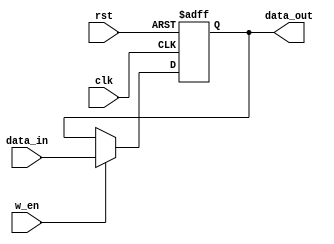
module data_reg #(parameter width=8)(input clk,
input rst,
input w_en,
input [width-1 : 0] data_in,
output reg [width-1 : 0] data_out
    );
	 
	always @(posedge clk, posedge rst)begin
		if(rst) begin
			data_out <= 'd0;
		end 
		else begin
			if(w_en)begin
				data_out <= data_in;
			end
			else begin
				data_out <= data_out;
			end	
		end
	end


endmodule